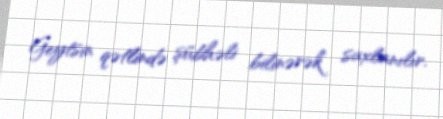
Geytsin qətlində şübhəli bilinərək saxlanılır.